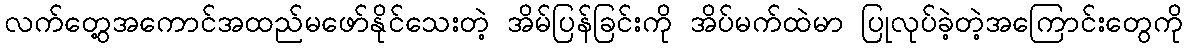
လက်တွေ့အကောင်အထည်မဖော်နိုင်သေးတဲ့ အိမ်ပြန်ခြင်းကို အိပ်မက်ထဲမာ ပြုလုပ်ခဲ့တဲ့အကြောင်းတွေကို